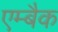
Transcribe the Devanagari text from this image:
एम्बैक